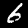
Label: 6